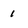
Character: 1